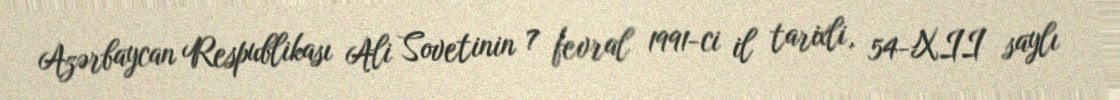
Azərbaycan Respublikası Ali Sovetinin 7 fevral 1991-ci il tarixli, 54-XII saylı